Lunatic asylums in Bengal annual reports 1888-1898 - 1888-1898
Year: 1888
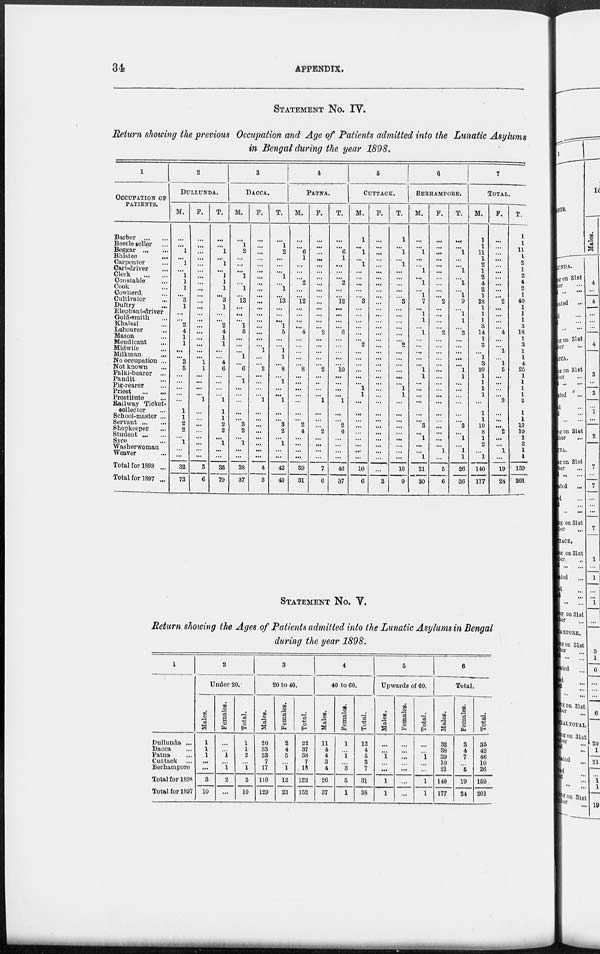
34
APPENDIX.
STATEMENT No. IV.
Return showing the previous Occupation and Age of Patients admitted into the Lunatic Asylums
in Bengal during the year 1898.
1
OCCUPATION OF
PATIENTS.
Barber
...
...
Beetle seller ...
Beggar
...
...
Bhistee ... ...
Carpenter ... ...
Cart-driver ... ...
Clerk
...
...
Constable ... ...
Cook ... ...
Cowherd ... ...
Cultivator ... ...
Duftry ... ...
Elephant-driver ...
Gold-smith ... ...
Khalasi ... ...
Labourer ... ...
Mason ... ...
Mendicant ... ...
Midwife ... ...
Milkman ... ...
No occupation ...
Not known ... ...
Palki-bearer ...
Pandit ... ...
Pig-rearer ... ...
Priest
...
...
Prostitute ... ...
Railway Ticket-
collector ...
School-master ...
Servant
Shopkeeper ... ...
Student ... ...
Syce ... ...
Washerwoman
Weaver ... ...
Total for 1898 ...
Total for 1897 ...
2
DULLUNDA.
M.
...
...
1
...
1
...
1
1
1
...
3
1
...
...
2
4
1
1
...
...
3
5
...
...
...
...
...
1
1
2
2
...
1
...
...
32
73
F.
...
...
...
...
...
...
...
...
...
...
...
...
...
...
...
...
...
...
...
...
1
1
...
...
...
...
1
...
...
...
...
...
...
...
...
3
6
T.
...
...
1
...
1
...
1
1
1
...
3
1
...
...
2
4
1
1
...
...
4
6
...
...
...
...
1
1
1
2
2
...
l
...
...
35
79
3
DACCA.
M.
...
1
2
...
...
...
1
...
1
...
13
...
...
...
1
5
...
...
...
1
...
6
...
1
...
...
...
...
...
3
2
...
1
...
...
38
37
F.
...
...
...
...
...
...
...
...
...
...
...
...
...
...
...
...
...
...
1
...
...
2
...
...
...
...
1
...
...
...
...
...
...
...
4
3
T.
...
1
2
...
...
...
1
...
1
...
13
...
...
...
1
5
...
...
1
1
...
8
...
1
...
...
1
...
...
3
2
...
1
...
...
42
40
4
PATNA.
M.
...
...
6
1
...
...
...
2
...
...
12
...
...
...
...
4
...
...
...
...
...
8
...
...
...
...
...
...
...
2
4
...
...
...
...
39
31
F.
...
...
...
...
...
...
...
...
...
...
...
...
...
...
...
2
...
...
...
...
...
2
...
...
...
...
1
...
...
...
2
...
...
...
...
7
6
T.
...
...
6
1
...
...
...
2
...
...
12
...
...
...
...
6
...
...
...
...
...
10
...
...
...
...
l
...
...
2
6
...
...
...
...
46
37
5
CUTTACK.
M.
1
...
1
...
1
...
...
...
...
...
3
...
...
...
...
...
...
2
...
...
...
...
...
...
1
1
...
...
...
...
...
...
...
...
...
10
6
F.
...
...
...
...
...
...
...
...
...
...
...
...
...
...
...
...
...
...
...
...
...
...
...
...
...
...
...
...
...
...
...
...
...
...
...
...
3
T.
1
...
1
...
1
...
...
...
...
...
3
...
...
...
...
...
...
2
...
...
...
...
...
...
1
1
...
...
...
...
...
...
...
...
...
10
9
6
BERHAMPORE.
M.
...
...
1
...
...
1
...
1
...
1
7
...
1
1
...
1
...
...
...
...
...
1
1
...
...
...
...
...
...
3
...
1
...
...
1
21
30
F.
...
...
...
...
...
...
...
...
...
...
2
...
...
...
...
2
...
...
...
...
...
...
...
...
...
...
...
...
...
...
...
...
...
1
...
5
6
T.
...
...
1
...
...
1
...
1
...
1
9
...
1
1
...
3
...
...
...
...
...
1
1
...
...
...
...
...
...
3
...
1
...
1
1
26
36
7
TOTAL.
M.
1
1
11
1
2
1
2
4
2
1
38
1
1
1
3
14
1
3
...
1
3
20
1
1
1
1
...
1
1
10
8
1
2
...
1
140
177
F.
...
...
...
...
...
...
...
...
...
...
2
...
...
...
...
4
...
...
1
...
1
5
...
...
...
...
3
...
...
...
2
...
...
1
...
19
24
T.
1
...
11
1
2
1
2
4
2
1
40
1
1
1
3
18
1
3
1
1
4
25
1
1
1
1
3
1
1
10
10
1
2
1
1
159
201
STATEMENT No. V.
Return showing the Ages of Patients admitted into the Lunatic Asylums in Bengal
during the year 1898.
1
Dullunda ...
Dacca ...
Patna ...
Cuttack ...
Berharapore
Total for 1898
Total for 1897
2
Under 20.
Males.
1
1
1
...
...
3
10
Females.
...
...
1
...
1
2
...
Total.
1
1
2
...
1
5
10
3
20 to 40.
Males.
20
33
33
7
17
110
129
Females.
2
4
5
...
1
12
23
Total.
22
37
38
7
18
122
152
4
40 to 60.
Males.
11
4
4
3
4
26
37
Females.
1
...
1
...
3
5
1
Total.
12
4
5
3
7
31
38
5
Upwards of 60.
Males.
...
...
1
...
...
1
1
Females.
...
...
...
...
...
...
...
Total.
...
...
1
...
...
1
1
6
Total.
Males.
32
38
39
10
21
140
177
Females.
3
4
7
...
5
19
24
Total.
35
42
46
10
26
159
201